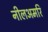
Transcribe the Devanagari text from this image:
नीलअमरि